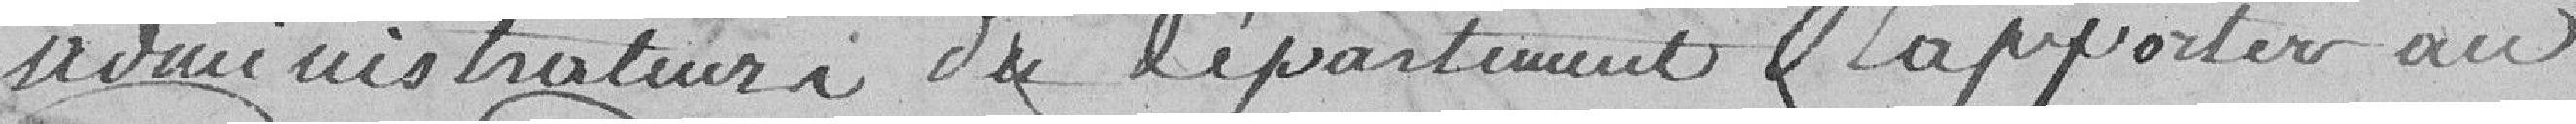
administrateurs du département, rapporter au